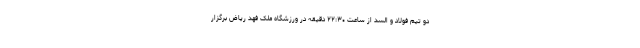
دو تیم فولاد و السد از ساعت ۲۲:۳۰ دقیقه در ورزشگاه ملک فهد ریاض برگزار